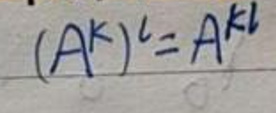
\[(A^{k})^{l}=A^{kl}\]